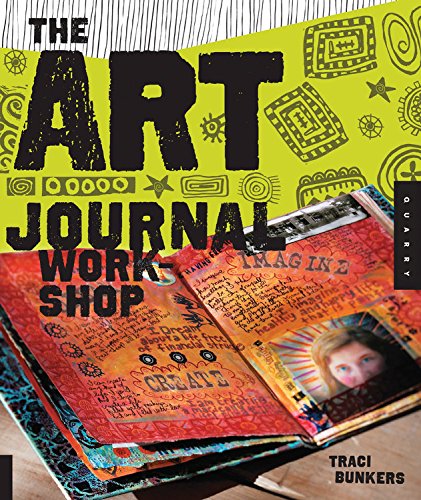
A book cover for The Art Journal Workshop: Break Through, Explore, and Make it Your Own; Traci Bunkers; Crafts, Hobbies & Home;